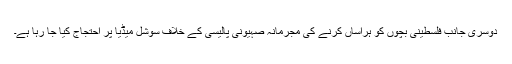
دوسری جانب فلسطینی بچوں کو ہراساں کرنے کی مجرمانہ صہیونی پالیسی کے خلاف سوشل میڈیا پر احتجاج کیا جا رہا ہے۔